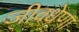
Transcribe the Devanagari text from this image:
जीवधेणा